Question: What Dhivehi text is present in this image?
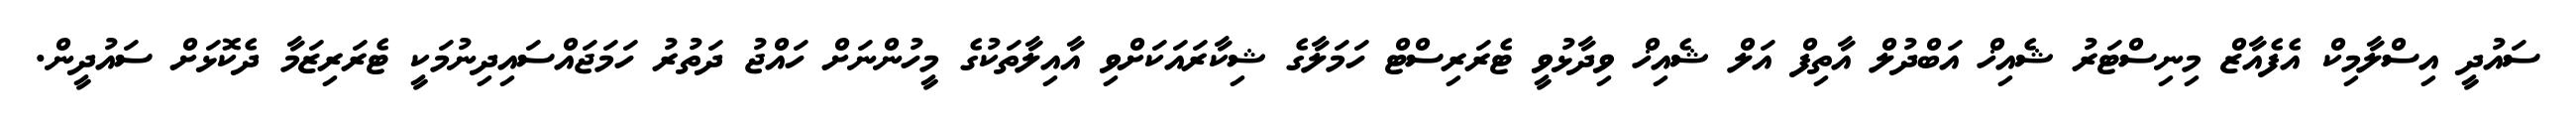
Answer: ސައުދީ އިސްލާމިކް އެފެއާޒް މިނިސްޓަރު ޝެއިޚް އަބްދުލް އާތިފް އަލް ޝެއިޚް ވިދާޅުވީ ޓެރަރިސްޓް ހަމަލާގެ ޝިކާރައަކަށްވި އާއިލާތަކުގެ މީހުންނަށް ހައްޖު ދަތުރު ހަމަޖައްސައިދިނުމަކީ ޓެރަރިޒަމާ ދެކޮޅަށް ސައުދީން.